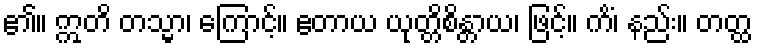
၏။ ဣတိ တသ္မာ၊ ကြောင့်။ ဧတာယ ယုတ္တိစိန္တာယ၊ ဖြင့်။ ကိံ၊ နည်း။ တတ္ထ